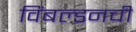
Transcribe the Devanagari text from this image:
विंबल्डनची